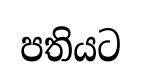
පතියට